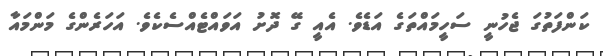
ކަންފަތުގަ ޖެހުނީ ސަހީމައްތަގެ އަޑެވެ. އެއީ ގޭ ދޮށު އަވައްޓެއްސެކެވެ. އަހަރެންގެ މަންމައާ